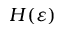
H ( \varepsilon )